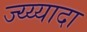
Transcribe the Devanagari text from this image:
ज्य्य्यादा